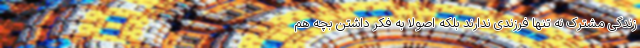
زندگی مشترک نه تنها فرزندی ندارند بلکه اصولاً به فکر داشتن بچه هم